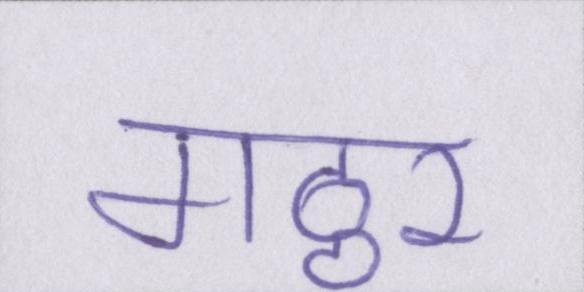
गठ्ठर